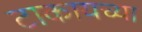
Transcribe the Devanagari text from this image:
टाकायच्या